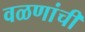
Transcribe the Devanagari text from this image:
वळणांची